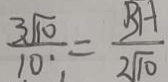
\frac { 3 \sqrt { 1 0 } } { 1 0 } = \frac { B H } { 2 \sqrt { 1 0 } }